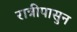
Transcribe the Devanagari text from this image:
रात्रीपासुन